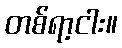
တစ်ရာ့ငါး။